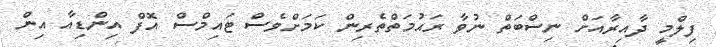
ފިލްމީ ދާއިރާއަށް ނިސްބަތް ނުވާ ރަޙުމަތްތެރިން ކަމަށްވެސް ޓައިމްސް އޮފް އިންޑިއާ އިން